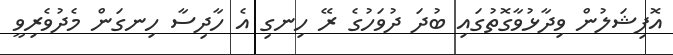
އޮފިޝަލުން ވިދާޅުވާގޮތުގައި ބުދަ ދުވަހުގެ ރޭ ހިނގި އެ ހާދިސާ ހިނގަން މެދުވެރިވީ